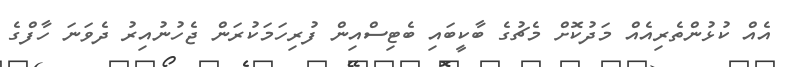
އެއް ކުޅުންތެރިއެއް މަދުކޮށް މެޗުގެ ބާކީބައި ބެޓިސްއިން ފުރިހަމަކުރަން ޖެހުނުއިރު ދެވަނަ ހާފްގެ